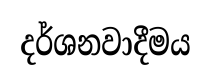
දර්ශනවාදීමය